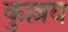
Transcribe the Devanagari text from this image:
कुल्लघ